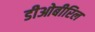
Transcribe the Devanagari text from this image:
डीओबीरिल